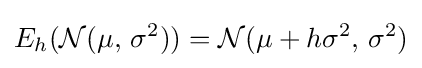
E_{h}({\mathcal {N}}(\mu ,\,\sigma ^{2}))={\mathcal {N}}(\mu +h\sigma ^{2},\,\sigma ^{2})